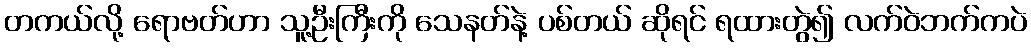
တကယ်လို့ ရောဗတ်ဟာ သူ့ဦးကြီးကို သေနတ်နဲ့ ပစ်တယ် ဆိုရင် ရထားတွဲ၍ လက်ဝဲဘက်ကပဲ